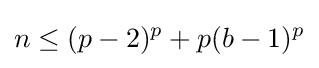
n\leq (p-2)^{p}+p(b-1)^{p}